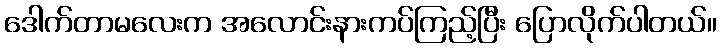
ဒေါက်တာမလေးက အလောင်းနားကပ်ကြည့်ပြီး ပြောလိုက်ပါတယ်။